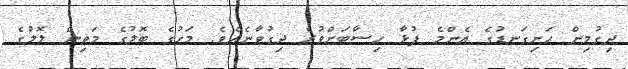
ދިގުމިން ހަށިގަނޑުގެ އެންމެ ފުޅާ ހިސާބަށްވުރެ ދިގުވާނެއެވެ. މަހުގެ ބޮލުގެ މަތިން ލޮލުގެ